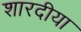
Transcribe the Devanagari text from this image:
शारदीया